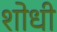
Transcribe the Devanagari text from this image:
शोधी